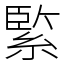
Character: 𦂳